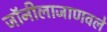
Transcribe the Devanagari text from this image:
जॉनीलाजाणवले